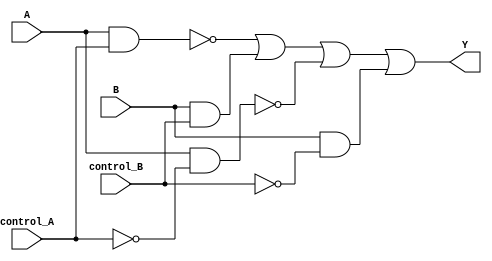
module XOR_gate(input A, input B, input control_A, input control_B, output Y);

assign Y = ~(A & control_A) | (B & control_B) | ~(A & ~control_A) | (B & ~control_B);

endmodule